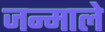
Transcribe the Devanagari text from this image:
जन्माले